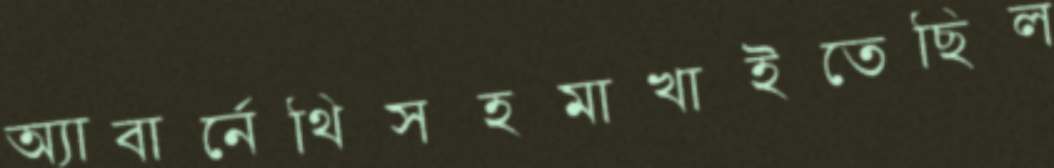
অ্যাবার্নেথিসহমাখাইতেছিল